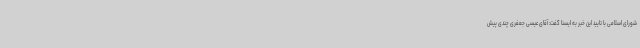
شورای اسلامی با تایید این خبر به ایسنا گفت: آقای عیسی جعفری چندی پیش